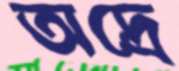
অদ্রে